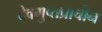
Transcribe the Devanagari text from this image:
देवगुप्तप्राचीन